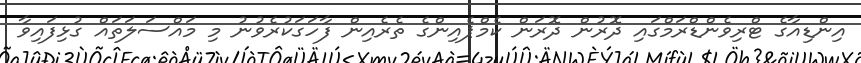
އިންޑިއާގެ ޓްރިވެންޑްރަމްގައި ދޮރުން ދޮރަން ކެމްޕެއިންގެ ތެރެއިން ފާހަގަކުރެވުނު މި މައްސަލަތައް ގުޅިފައިވާ